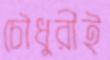
চৌধুরীই